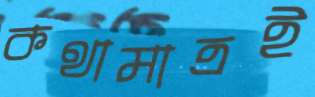
কথামাত্রই